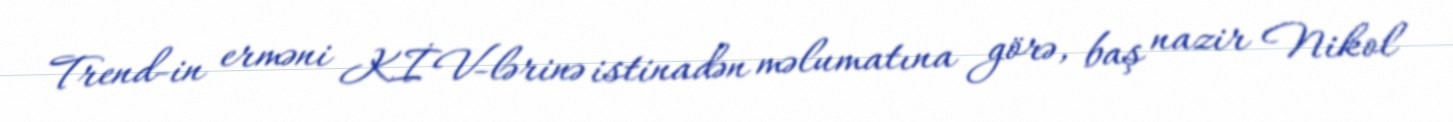
Trend-in erməni KİV-lərinə istinadən məlumatına görə, baş nazir Nikol